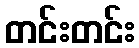
တင်းတင်း